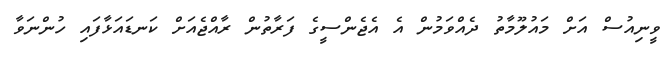
ވީނިއުސް އަށް މައުލޫމާތު ދެއްވަމުން އެ އެޖެންސީގެ ފަރާތުން ރާއްޖެއަށް ކަނޑައަޅާފައި ހުންނަވާ